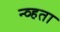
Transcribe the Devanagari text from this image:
न्व्हता